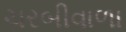
ચરબીવાળા